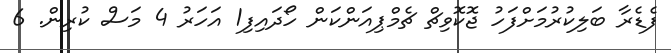
ފެޑެރާ ބަލިކުރުމަށްފަހު ޖޮކޮވިޗް ޗެމްޕިއަންކަން ހޯދައިފި1 އަހަރު 4 މަސް ކުރިން. 6